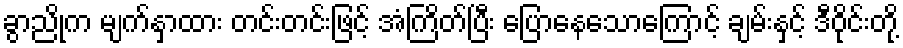
ခွာညိုက မျက်နှာထား တင်းတင်းဖြင့် အံကြိတ်ပြီး ပြောနေသောကြောင့် ချမ်းနှင့် ဒီဝိုင်းတို့